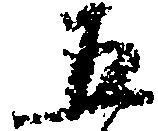
五